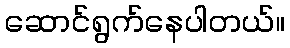
ဆောင်ရွက်နေပါတယ်။